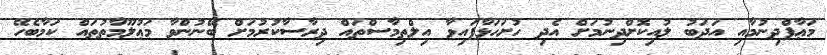
މަޢާފްދިނުމާއި އަދަބު ލުއިކޮށްދިނުމަށް އެދި ހުށަހަޅާފައިވާ އިލްތިމާސްތައް ދިރާސާކުރުމަށް ބޭނުންވާ މަޢުލޫމާތުތައް ކަމާބެހޭ